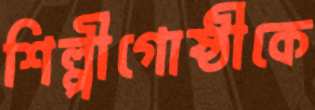
শিল্পীগোষ্ঠীকে